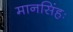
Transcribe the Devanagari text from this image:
मानसिंहः